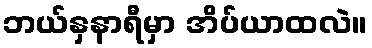
ဘယ်နှနာရီမှာ အိပ်ယာထလဲ။